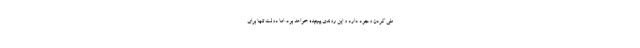
طی کردن وجود دارد و این روندی پیچیده خواهد بود. اما دولت تنها برای